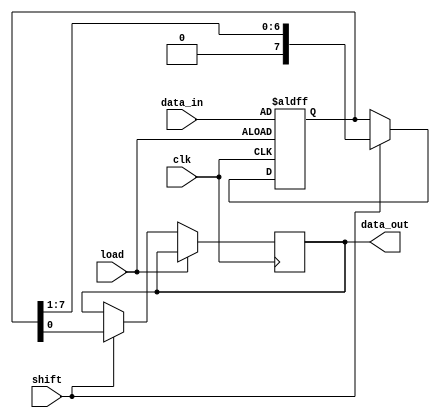
module PISO_Register (
    input wire [7:0] data_in,   // 8-bit parallel data input
    input wire load,            // Load control signal (active high)
    input wire shift,           // Shift control signal (active high)
    input wire clk,             // Clock signal
    output reg data_out         // Serial data output
);

    reg [7:0] shift_reg;        // 8-bit shift register to hold the data

    always @(posedge clk or posedge load) begin
        if (load) begin
            // Load data into the shift register asynchronously
            shift_reg <= data_in;
        end else if (shift) begin
            // Shift data out on the rising edge of the clock
            data_out <= shift_reg[0]; // Output the LSB
            shift_reg <= {1'b0, shift_reg[7:1]}; // Shift left, LSB goes out
        end
    end

endmodule